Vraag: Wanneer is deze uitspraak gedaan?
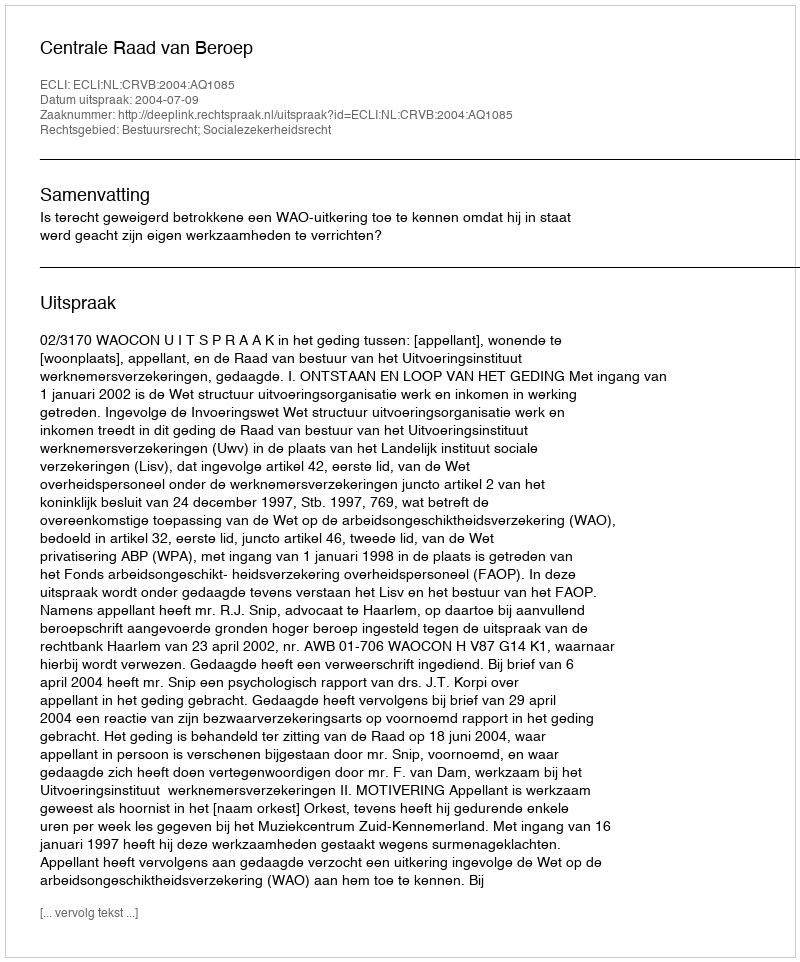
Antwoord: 2004-07-09